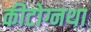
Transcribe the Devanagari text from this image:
कीटोग्नथा